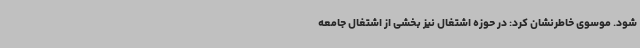
شود. موسوی خاطرنشان کرد: در حوزه اشتغال نیز بخشی از اشتغال جامعه